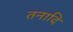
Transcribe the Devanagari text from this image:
तनादि